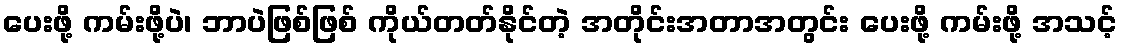
ပေးဖို့ ကမ်းဖို့ပဲ၊ ဘာပဲဖြစ်ဖြစ် ကိုယ်တတ်နိုင်တဲ့ အတိုင်းအတာအတွင်း ပေးဖို့ ကမ်းဖို့ အသင့်